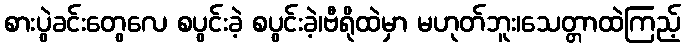
စားပွဲခင်းတွေလေ စပွင်းခဲ့ စပွင်းခဲ့၊ဗီရိုထဲမှာ မဟုတ်ဘူး၊သေတ္တာထဲကြည့်